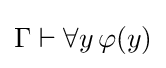
\Gamma \vdash \forall y\,\varphi (y)